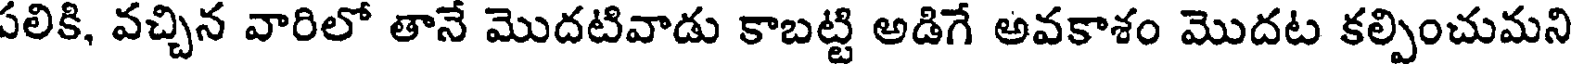
పలికి, వచ్చిన వారిలో తానే మొదటివాడు కాబట్టి అడిగే అవకాశం మొదట కల్పించుమని